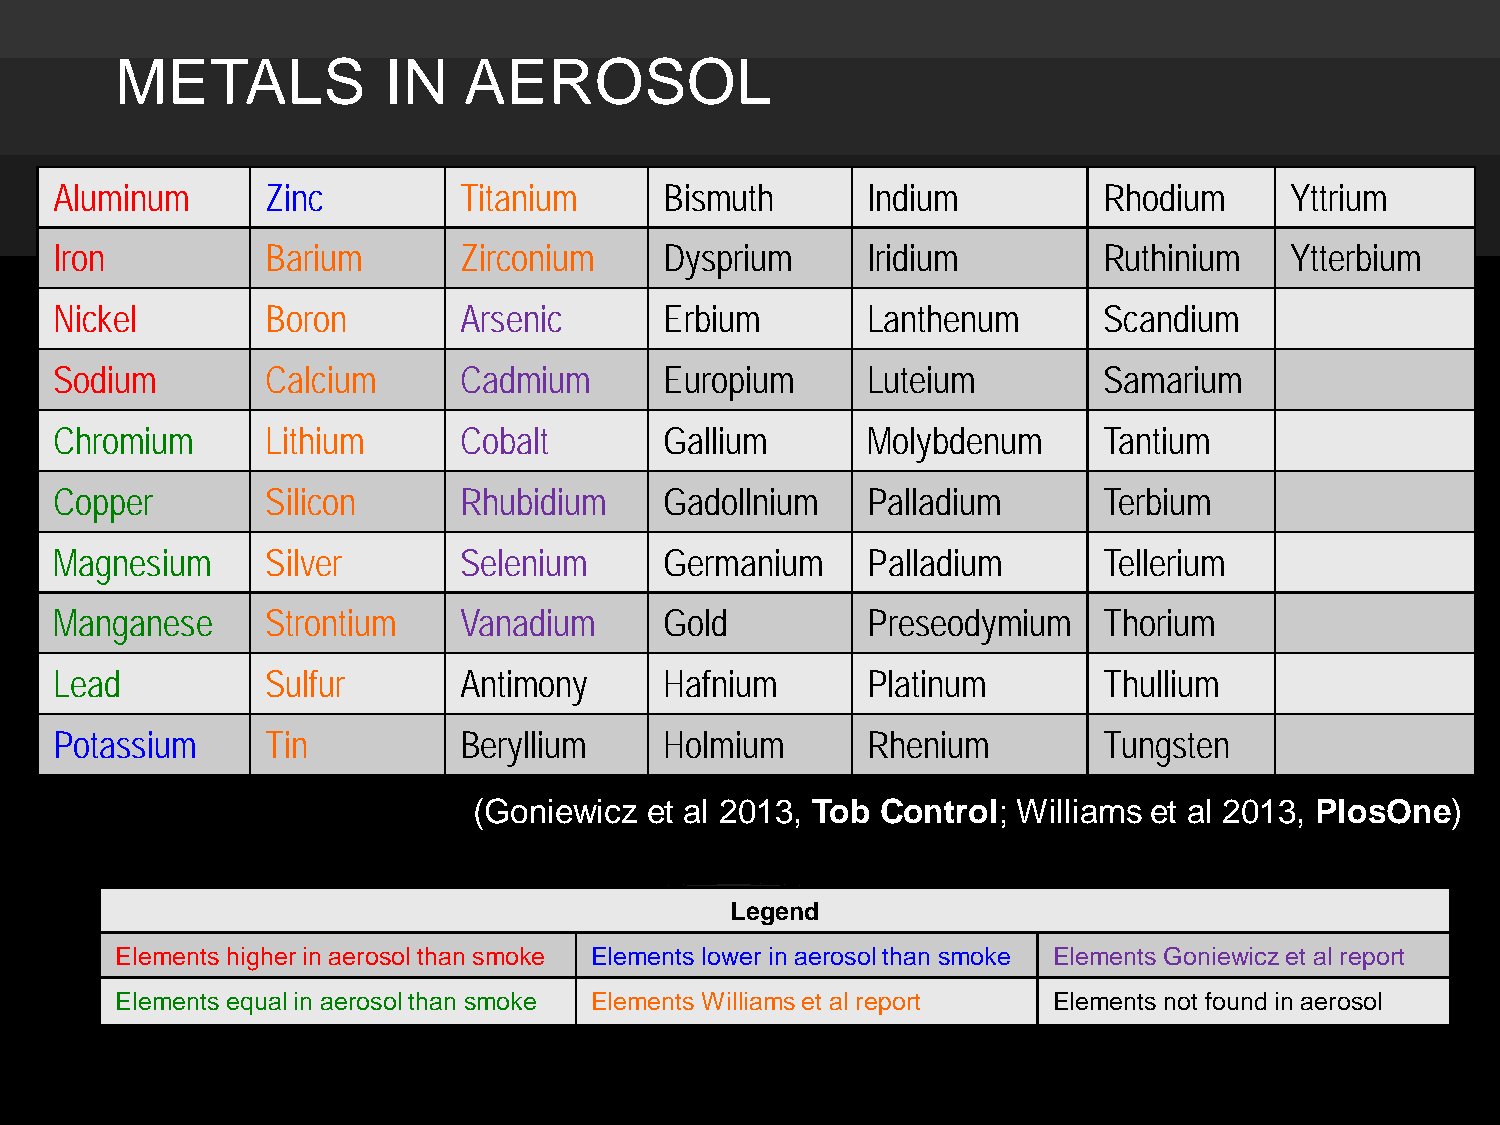
METALS           IN    AEROSOL
 Aluminum       Zinc        Titanium      Bismuth      Indium          Rhodium     Yttrium
 Iron           Barium      Zirconium     Dysprium     Iridium         Ruthinium   Ytterbium
 Nickel         Boron       Arsenic       Erbium       Lanthenum       Scandium
 Sodium         Calcium     Cadmium       Europium     Luteium         Samarium
 Chromium       Lithium     Cobalt        Gallium      Molybdenum      Tantium
 Copper         Silicon     Rhubidium     Gadollnium   Palladium       Terbium
 Magnesium      Silver      Selenium      Germanium    Palladium       Tellerium
 Manganese      Strontium   Vanadium      Gold         Preseodymium    Thorium
 Lead           Sulfur      Antimony      Hafnium      Platinum        Thullium
 Potassium      Tin         Beryllium     Holmium      Rhenium         Tungsten
 (Goniewicz  et al 2013, Tob Control; Williams et al 2013, PlosOne)
 Legend
 Elements higher in aerosol than smoke Elements lower in aerosol than smoke Elements Goniewicz et al report
 Elements equal in aerosol than smoke Elements Williams et al report Elements not found in aerosol